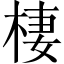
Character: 棲